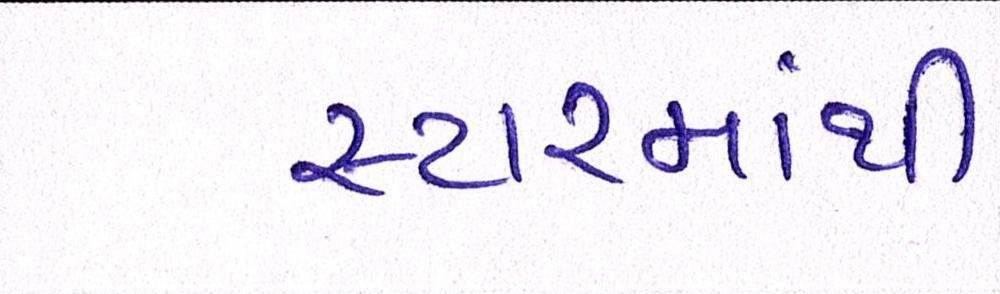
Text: સ્ટારમાંથી